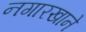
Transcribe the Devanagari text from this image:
नगारखाने